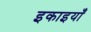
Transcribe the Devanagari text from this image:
इकाइयांँ